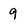
Character: 9